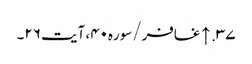
۳۷. ↑ غافر/سوره۴۰، آیت ۲۶۔